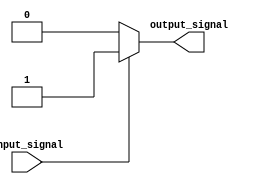
module active_high_buffer(
    input wire input_signal,
    output reg output_signal
);

    always @ (input_signal)
    begin
        if (input_signal)
            output_signal = 1'b1;
        else
            output_signal = 1'b0;
    end

endmodule